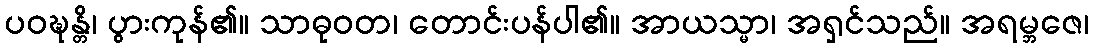
ပဝဍ္ဎန္တိ၊ ပွားကုန်၏။ သာဓုဝတ၊ တောင်းပန်ပါ၏။ အာယသ္မာ၊ အရှင်သည်။ အရမ္ဘဇေ၊